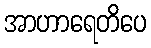
အာဟာရေတိပေ